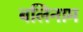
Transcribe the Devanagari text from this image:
बलिनाम